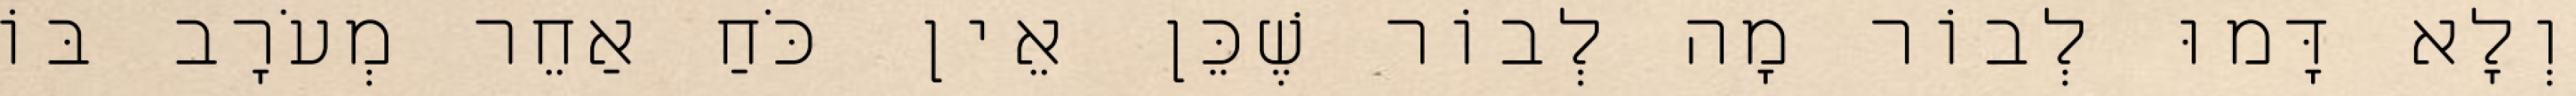
וְלָא דָּמוּ לְבוֹר מָה לְבוֹר שֶׁכֵּן אֵין כֹּחַ אַחֵר מְעֹרָב בּוֹ